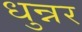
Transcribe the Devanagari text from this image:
धुन्नर